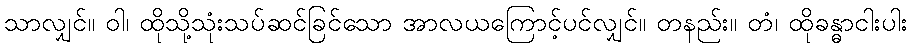
သာလျှင်။ ဝါ၊ ထိုသို့သုံးသပ်ဆင်ခြင်သော အာလယကြောင့်ပင်လျှင်။ တနည်း။ တံ၊ ထိုခန္ဓာငါးပါး